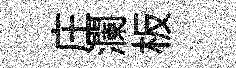
庄瀾板